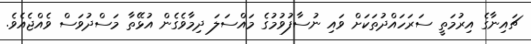
ޗައިނާގެ އިރުމަތީ ސަރަހައްދުތަކަށް ވައި ނުސާފުވުމުގެ މައްސަލަ ދިމާވެގެން އުޅޭތާ މަސްދުވަސް ވެއްޖެއެވެ.